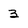
Character: 3